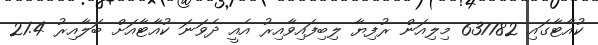
ކުއާޓާގައި 637782 މިލިއަން ރުފިޔާ ލިބިފައިވާއިރު އެއީ ދެވަނަ ކުއާޓާއަށް ބަލާއިރު 21.4